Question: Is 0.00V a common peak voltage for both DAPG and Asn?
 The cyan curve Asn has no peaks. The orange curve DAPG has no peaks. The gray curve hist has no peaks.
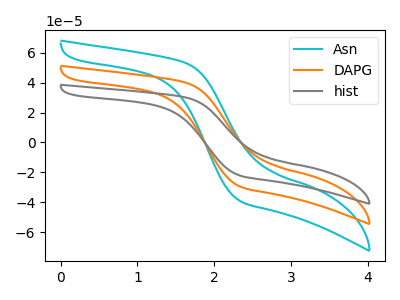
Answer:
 <answer>No, "DAPG" and "Asn" dont share a peak at 0.00V.</answer>
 <eval>mismatch</eval>